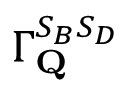
\Gamma _ { \mathbf { Q } } ^ { S _ { B } S _ { D } }